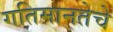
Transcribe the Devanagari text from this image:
गतिमानतेचे